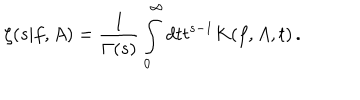
LaTeX: \zeta ( s | f , A ) = \frac 1 { \Gamma ( s ) } \int _ { 0 } ^ { \infty } d t t ^ { s - 1 } K ( f , A , t ) \, .